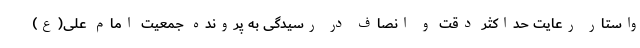
واستار رعایت حداکثر دقت و انصاف در رسیدگی به پرونده جمعیت امام علی(ع)